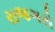
રાજઞરો